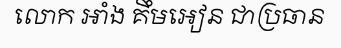
លោក អាំង គឹមអៀន ជាប្រធាន